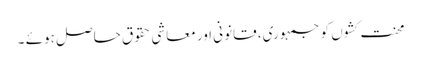
محنت کشوں کو جمہوری، قانونی اور معاشی حقوق حاصل ہوئے ۔